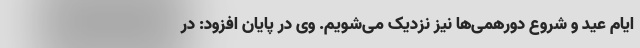
ایام عید و شروع دورهمی‌ها نیز نزدیک می‌شویم. وی در پایان افزود: در